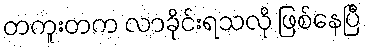
တကူးတက လာခိုင်းရသလို ဖြစ်နေပြီ